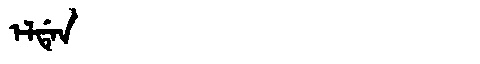
Manchu: ᡝᠯᡩᡝᠨ
Romanization: ELDEN